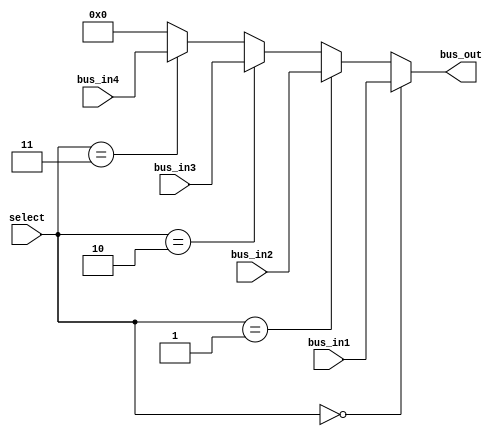
module mux4x1 #(parameter W=8)(bus_in1,bus_in2,bus_in3,bus_in4,bus_out,select);

	input wire [1:0] select;
	input wire [(W-1):0] bus_in1, bus_in2, bus_in3, bus_in4;
	output wire [(W-1):0] bus_out;
	
	assign bus_out = (select==2'b00) ? bus_in1:
						  (select==2'b01) ? bus_in2:
						  (select==2'b10) ? bus_in3:
						  (select==2'b11) ? bus_in4:
						  0;
		
endmodule